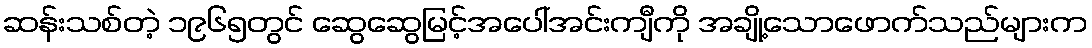
ဆန်းသစ်တဲ့ ၁၉၆၅တွင် ဆွေဆွေမြင့်အပေါ်အင်းကျီကို အချို့သောဖောက်သည်များက